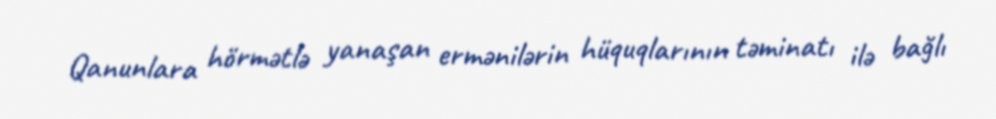
Qanunlara hörmətlə yanaşan ermənilərin hüquqlarının təminatı ilə bağlı